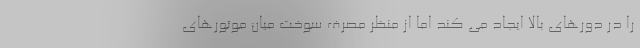
را در دورهای بالا ایجاد می کند اما از منظر مصرف سوخت میان موتورهای